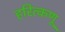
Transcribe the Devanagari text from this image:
हरित्कणू